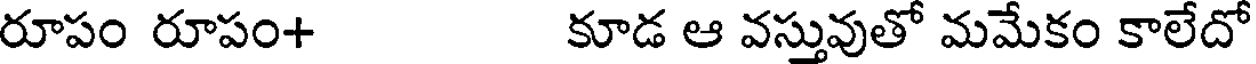
రూపం రూపం+ కూడ ఆ వస్తువుతో మమేకం కాలేదో